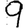
Digit: 9